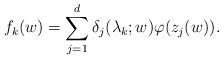
LaTeX: \begin{align*}f_k(w)= \sum_{j=1}^d \delta_j(\lambda_k;w) \varphi(z_j(w)).\end{align*}